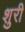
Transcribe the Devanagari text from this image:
शुरी